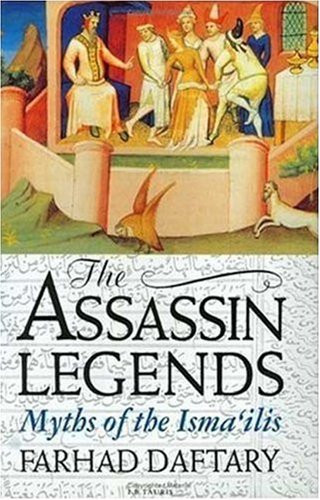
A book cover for The Assassin Legends: Myths of the Isma'ilis; Farhad Daftary; Religion & Spirituality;